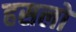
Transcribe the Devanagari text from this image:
हसलो